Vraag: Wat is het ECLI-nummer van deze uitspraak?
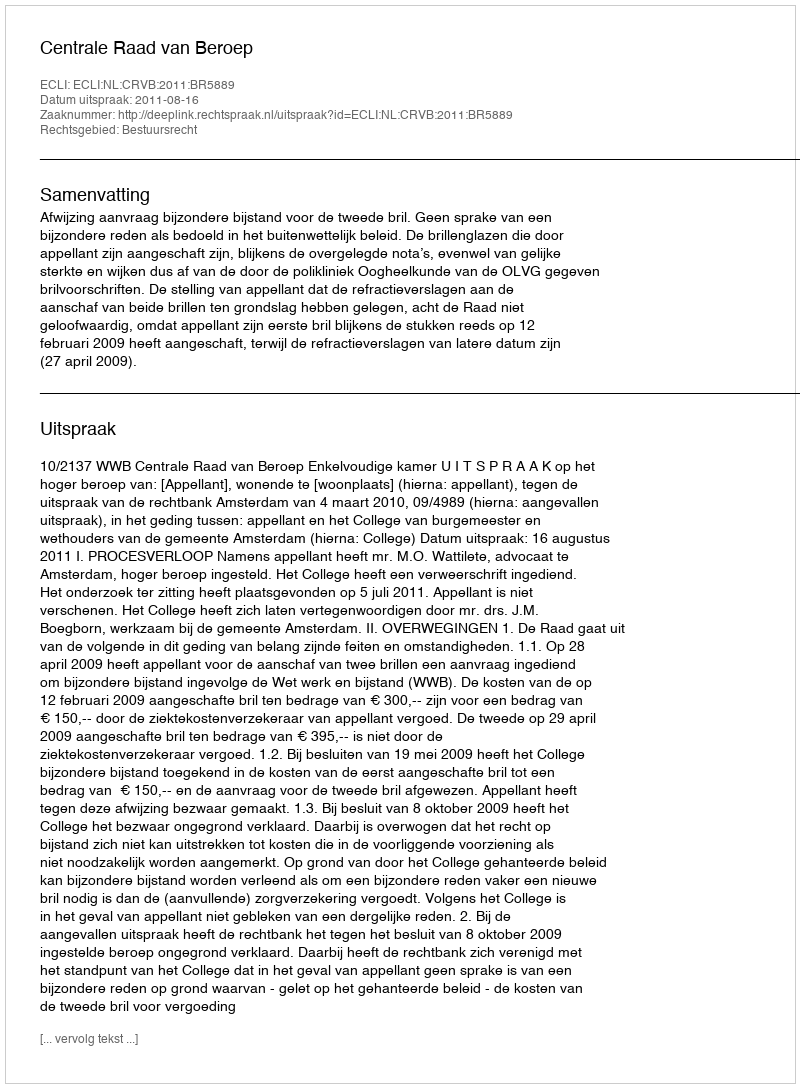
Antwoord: ECLI:NL:CRVB:2011:BR5889